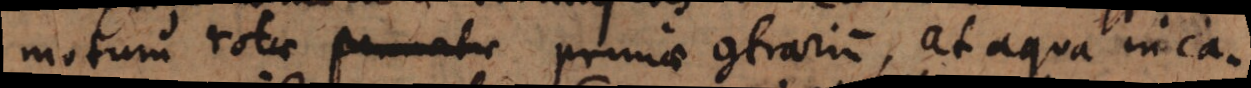
motum rotae pennatae primae contrarium, at aqua in ca-